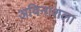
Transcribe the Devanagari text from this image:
अविनाशला